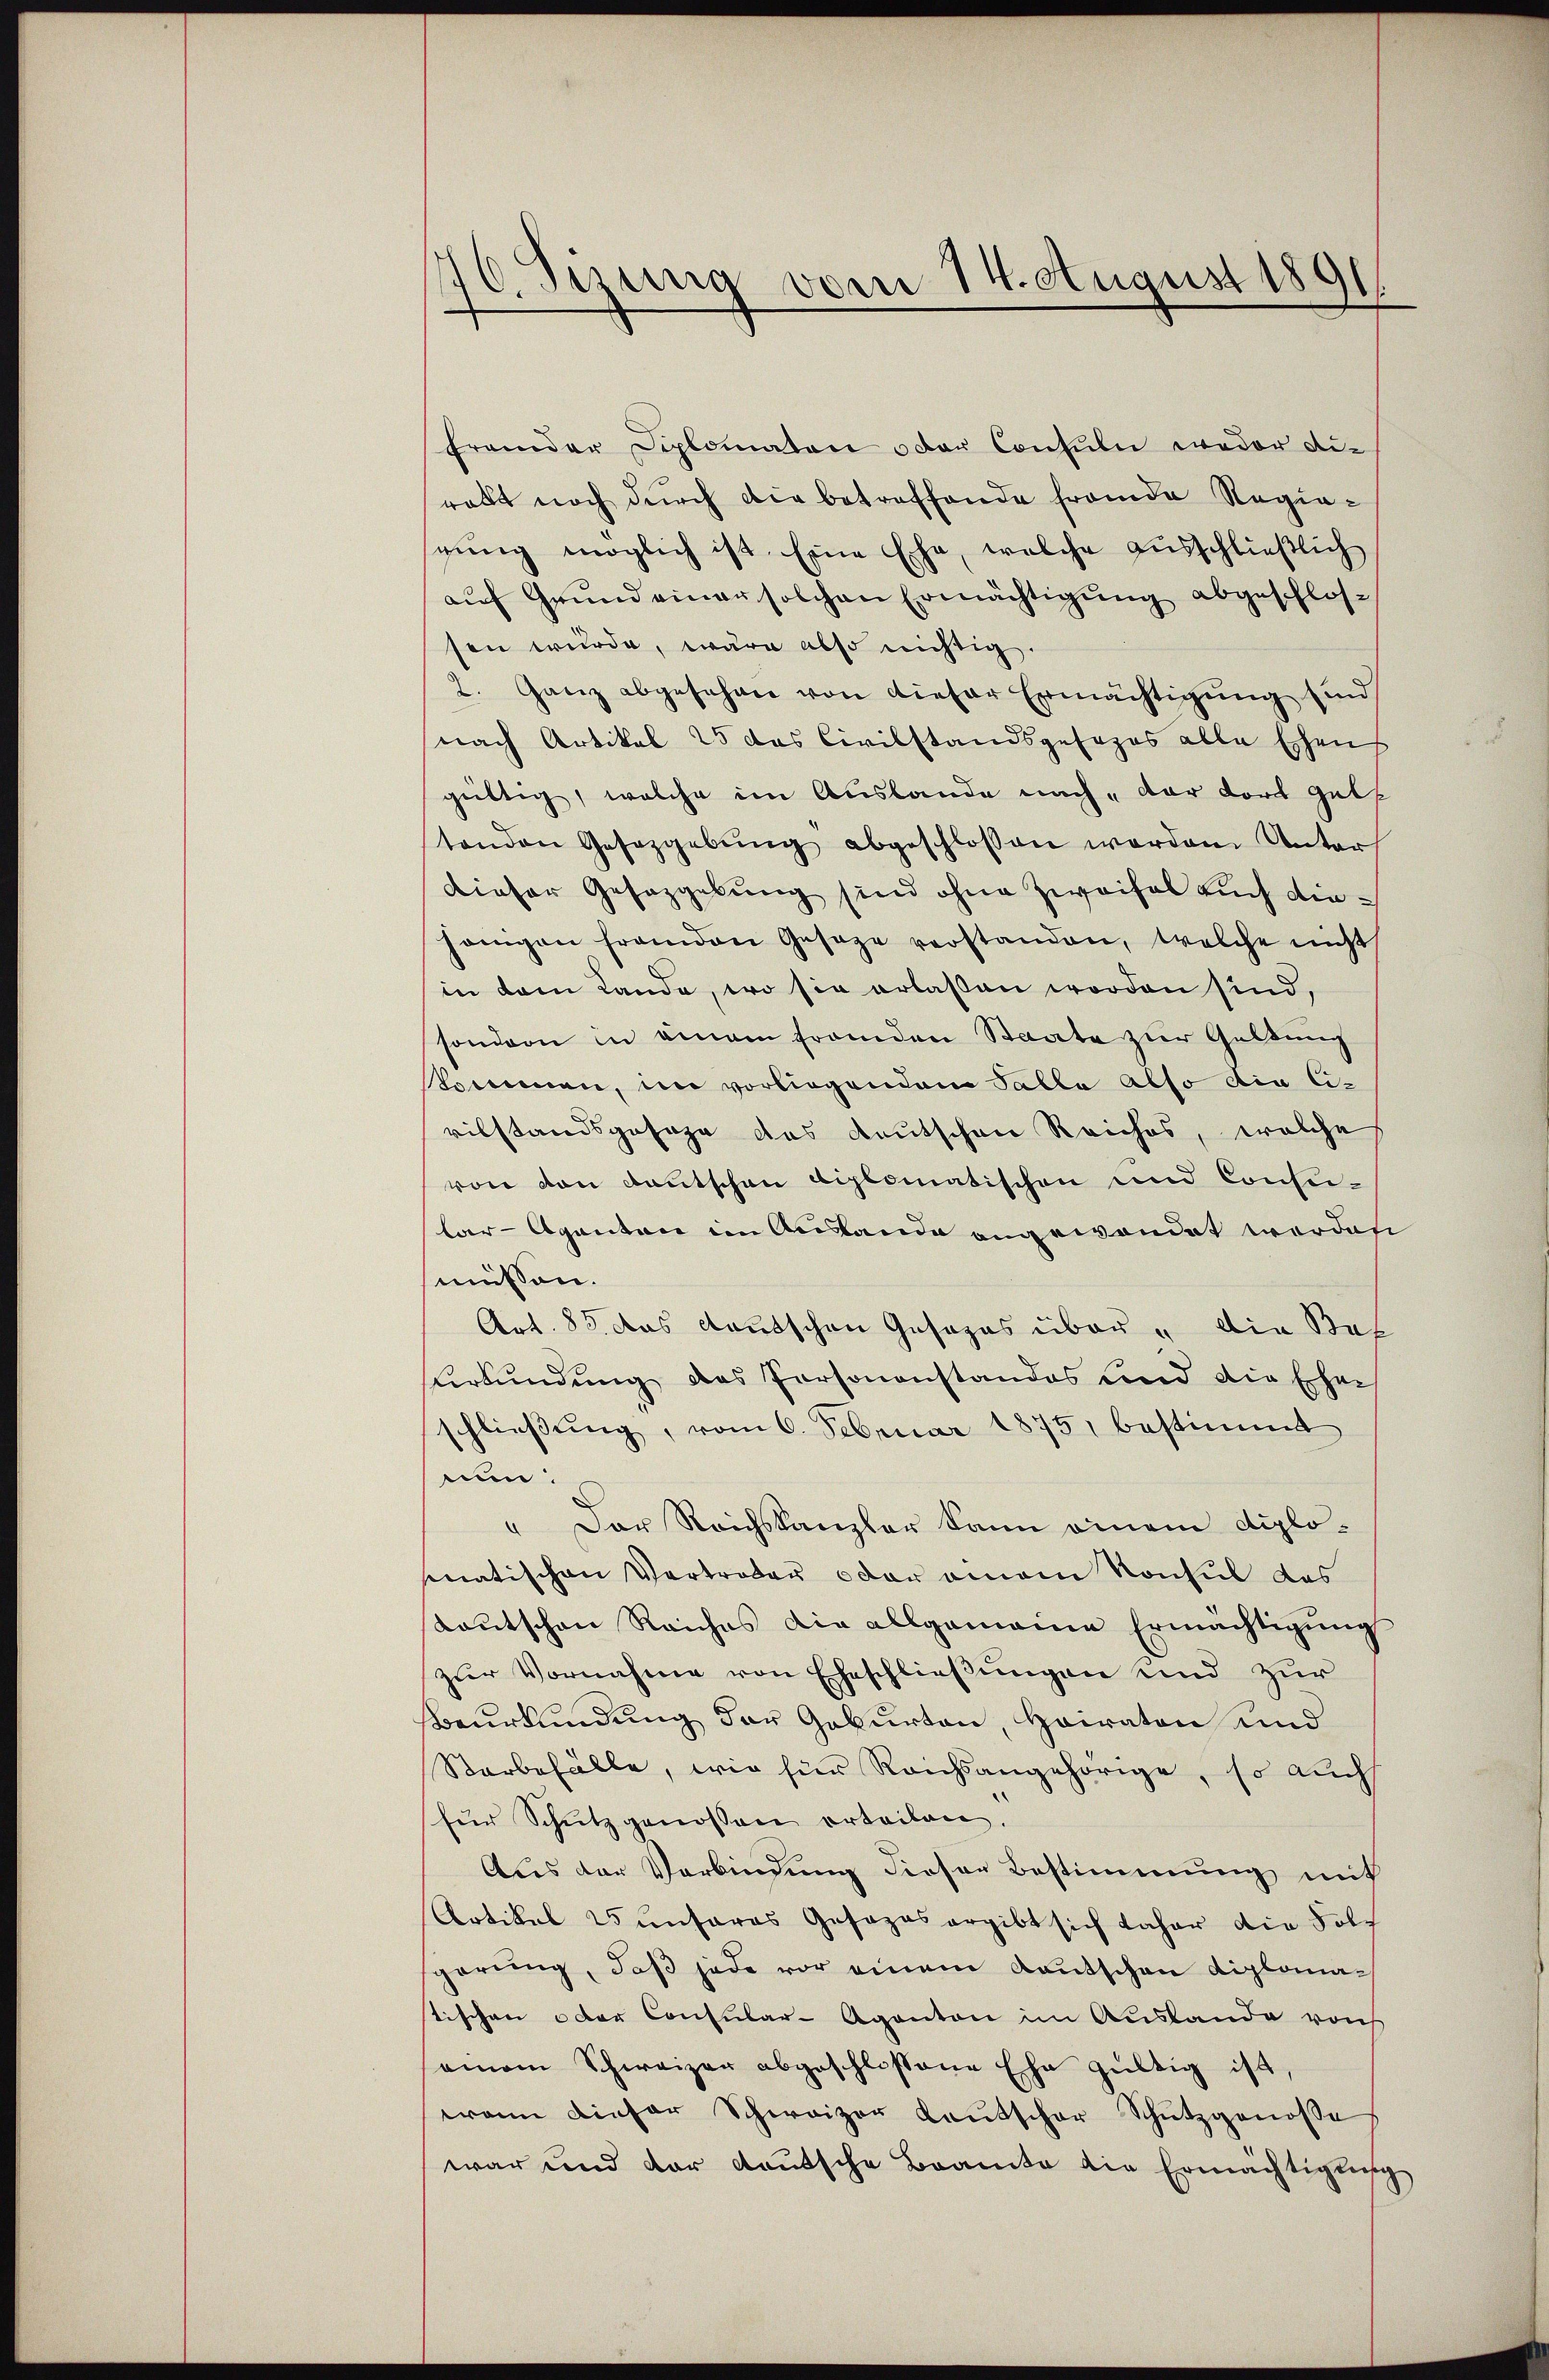
se
10. Sizung vom 14. August 189

frander Diplomaten u der Consuln weder die
ratt noch durch die betreffende fremde Regiesgung möglich ist. Eine Ehe, welche ausschließlich
auf Grund einer solchen Ermächtigung abgeschlossen wurde, wäre also nichtig.
2. Ganz abgesehen von dieser Ermächtigung sind
nach Artikel 25 das Civilstandsgesezes alle Echen
gültig, welche im Auslande nach, der dort gele
tenden Gesetzgebŭng abgeschlossen werden Unter
dieser Gesazgebung sind ohne Zweifel auch diehänigen franden Gesage verstanden, welche nicht
in dem Lande, wo sie erlassen worden sind,
sondern in einem franden Staate zur Geldung
skommen, in vorliegenden Talla also die Ci-
vilstandsgesage des deutschen Reiches, welche
von von Deutschen diplomatischen und Conseilar-Agenten im Auslande angewendet werden
müssen.
Art. 85. das Kautschen Gesezes über die Bef
urkundung des Personanstandes und die Ehen
schließung, vom 6. Februar 1875, bestimmt
nun.
" Der Reichskanzler kann einem diplomatischen Vertreter oder einem Konsul des
Kautschen Reiches die allgemeine Ermächtigung
zur Vornahme von Eheschließungen und zur
Beurkundung der Geburten, Heiraten und
Starbefälle, wie für Reichsangehörige, so auch
für Schŭtz genossen orteilen.
Aus der Verbindung dieser Bestimmung mit
Artikel 25 unseres Gesezes ergibt sich daher die Folg
gerung, daß jede vor einem Kautschen diplomatischen oder Consular-Aganton im Auslande von
ainem Schweizer abgeschlossene Ehe gültig ist
wann dieser Schweizer Laŭtscher Schutzgenosse
war und der deutsche Beamte die Ermächtigung